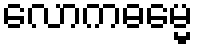
လောကဓမ္မေ